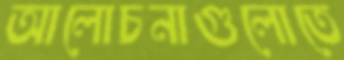
আলোচনাগুলোতে